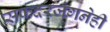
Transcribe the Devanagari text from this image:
सफदरजंगनेही